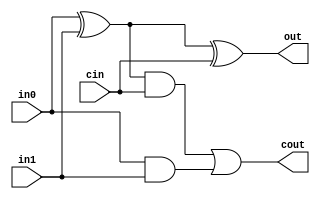
module full_adder(in0, in1, cin, out, cout); 

  input in0, in1, cin; 
  output cout,out;  

  assign out = in0 ^ in1 ^ cin; 
  assign cout = (( in0 ^ in1 ) & cin) | (in0 & in1 );

endmodule